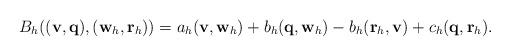
LaTeX: \begin{align*} B_h(({\bf v},{\bf q}),({\bf w}_h,{\bf r}_h)) = a_h({\bf v}, {\bf w}_h) + b_h({\bf q}, {\bf w}_h) - b_h({\bf r}_h, {\bf v}) + c_h({\bf q}, {\bf r}_h). \end{align*}